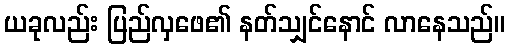
ယခုလည်း ပြည်လှဖေ၏ နတ်သျှင်နောင် လာနေသည်။